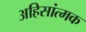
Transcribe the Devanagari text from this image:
अहिसांत्मक